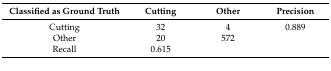
<table><thead><tr><td><b>Classified as Ground Truth</b></td><td><b>Cutting</b></td><td><b>Other</b></td><td><b>Precision</b></td></tr></thead><tbody><tr><td>Cutting</td><td>32</td><td>4</td><td>0.889</td></tr><tr><td>Other</td><td>20</td><td>572</td><td></td></tr><tr><td>Recall</td><td>0.615</td><td></td><td></td></tr></tbody></table>